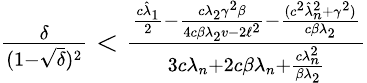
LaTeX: \begin{array}{r}{\frac{\delta}{(1-\sqrt{\delta})^{2}}<\frac{\frac{c\hat{\lambda}_{1}}{2}-\frac{c\lambda_{2}\gamma^{2}\beta}{4c\beta\lambda_{2}v-2\ell^{2}}-\frac{(c^{2}\hat{\lambda}_{n}^{2}+\gamma^{2})}{c\beta\lambda_{2}}}{3c\lambda_{n}+2c\beta\lambda_{n}+\frac{c\lambda_{n}^{2}}{\beta\lambda_{2}}}}\end{array}